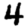
Digit: 4